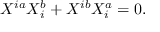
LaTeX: X ^ { i a } X _ { i } ^ { b } + X ^ { i b } X _ { i } ^ { a } = 0 .